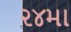
૨૪મા